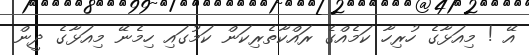
އޭ ! މިއަޅާގެ ހުރިހާ ކަމެއްގެ ރައްކާތެރިކަން ކަމުގައި ހިމެނޭ މިއަޅާގެ ދީން